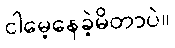
ငါမေ့နေခဲ့မိတာပဲ။